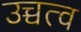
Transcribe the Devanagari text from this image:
उच्चत्व